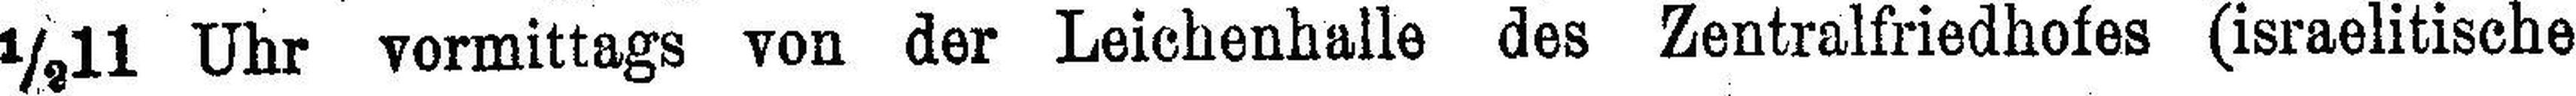
½11 Uhr vormittags von der Leichenhalle des Zentralfriedhofes (israelitische